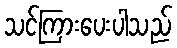
သင်ကြားပေးပါသည်